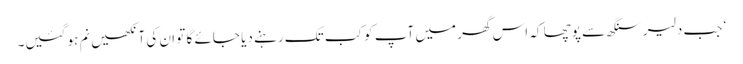
‘ جب دلیر سنگھ سے پوچھا کہ اس گھر میں آپ کو کب تک رہنے دیا جائے گا تو ان کی آنکھیں نم ہو گئیں۔